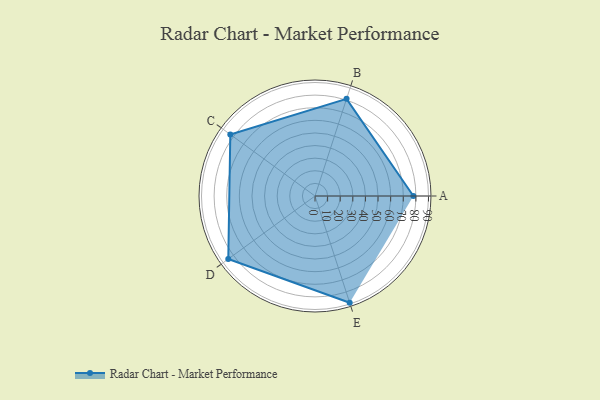
{"axis": {"x": "Skill", "y": "Score"}, "legend": ["Profile"], "data": [{"x": "A", "y": 78.0, "type": "Profile"}, {"x": "B", "y": 81.0, "type": "Profile"}, {"x": "C", "y": 83.0, "type": "Profile"}, {"x": "D", "y": 85.0, "type": "Profile"}, {"x": "E", "y": 89.0, "type": "Profile"}]}